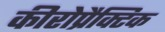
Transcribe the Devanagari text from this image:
कीरोप्रैक्टिक